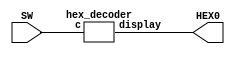


module part3 (SW, HEX0);
  input [3:0] SW;
  output [6:0] HEX0;

  hex_decoder H(SW, HEX0);
endmodule

module hex_decoder (c, display);
  input [3:0] c;
  output [6:0] display;

  // calculate all minterms with wires, then just or them
  wire m0, m1, m2, m3, m4, m5, m6, m7, m8, m9, m10, m11, m12, m13, m14, m15;

  assign m0 = ~c[3] & ~c[2] & ~c[1] & ~c[0];
  assign m1 = ~c[3] & ~c[2] & ~c[1] & c[0];
  assign m2 = ~c[3] & ~c[2] & c[1] & ~c[0];
  assign m3 = ~c[3] & ~c[2] & c[1] & c[0];
  assign m4 = ~c[3] & c[2] & ~c[1] & ~c[0];
  assign m5 = ~c[3] & c[2] & ~c[1] & c[0];
  assign m6 = ~c[3] & c[2] & c[1] & ~c[0];
  assign m7 = ~c[3] & c[2] & c[1] & c[0];
  assign m8 = c[3] & ~c[2] & ~c[1] & ~c[0];
  assign m9 = c[3] & ~c[2] & ~c[1] & c[0];
  assign m10 = c[3] & ~c[2] & c[1] & ~c[0];
  assign m11 = c[3] & ~c[2] & c[1] & c[0];
  assign m12 = c[3] & c[2] & ~c[1] & ~c[0];
  assign m13 = c[3] & c[2] & ~c[1] & c[0];
  assign m14 = c[3] & c[2] & c[1] & ~c[0];
  assign m15 = c[3] & c[2] & c[1] & c[0];

  assign display[0] = m1 | m4 | m11 | m13;
  assign display[1] = m5 | m6 | m11 | m12 | m14 | m15;
  assign display[2] = m2 | m12 | m14 | m15;
  assign display[3] = m1 | m4 | m7 | m9 | m10 | m15;
  assign display[4] = m1 | m3 | m4 | m5 | m7 | m9;
  assign display[5] = m1 | m2 | m3 | m7 | m13;
  assign display[6] = m0 | m1 | m7 | m12;

endmodule